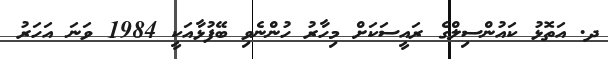
ދ. އަތޮޅު ކައުންސިލްގެ ރައީސަކަށް މިހާރު ހުންނެވި ބޭފުޅާއަކީ 1984 ވަނަ އަހަރު